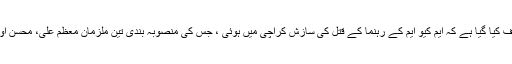
رپورٹ میں انکشاف کیا گیا ہے کہ ایم کیو ایم کے رہنما کے قتل کی سازش کراچی میں ہوئی ، جس کی منصوبہ بندی تین ملزمان معظم علی، محسن اور کاشف نے کی ۔